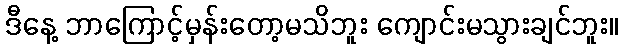
ဒီနေ့ ဘာကြောင့်မှန်းတော့မသိဘူး ကျောင်းမသွားချင်ဘူး။